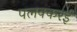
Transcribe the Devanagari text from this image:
पलक्करई